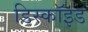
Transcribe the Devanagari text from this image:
डिस्कॉइड